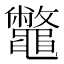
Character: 鼈